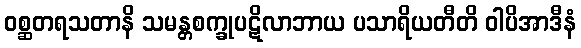
ဝစ္ဆတရသတာနိ သမန္တစက္ခုပဋိလာဘာယ ပသာရိယတီတိ ဝါပိအာဒီနံ